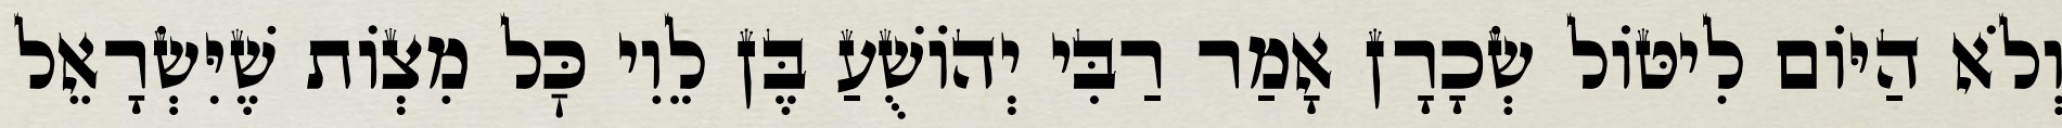
וְלֹא הַיּוֹם לִיטּוֹל שְׂכָרָן אָמַר רַבִּי יְהוֹשֻׁעַ בֶּן לֵוִי כׇּל מִצְוֹת שֶׁיִּשְׂרָאֵל